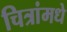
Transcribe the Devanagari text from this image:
चित्रांमधे